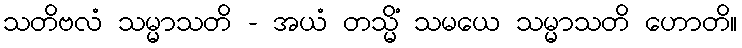
သတိဗလံ သမ္မာသတိ - အယံ တသ္မိံ သမယေ သမ္မာသတိ ဟောတိ။